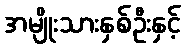
အမျိုးသားနှစ်ဦးနှင့်